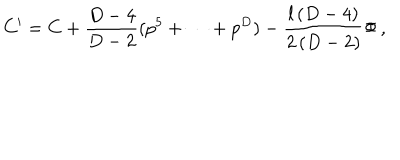
LaTeX: C ^ { \prime } = C + { \frac { D - 4 } { D - 2 } } ( p ^ { 5 } + \dots + p ^ { D } ) - { \frac { l \, ( D - 4 ) } { 2 \, ( D - 2 ) } } \Phi \, ,